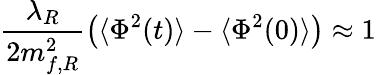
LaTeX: \frac{\lambda_{R}}{2m_{f,R}^{2}}\left(\langle\Phi^{2}(t)\rangle-\langle\Phi^{2}(0)\rangle\right)\approx 1